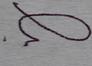
Signature authenticity: forged